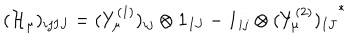
( { \cal H } _ { \mu } ) _ { i j I J } = ( Y _ { \mu } ^ { ( 1 ) } ) _ { i j } \otimes { \bf 1 } _ { I J } - { \bf 1 } _ { i j } \otimes { ( Y _ { \mu } ^ { ( 2 ) } ) _ { I J } } ^ { * }